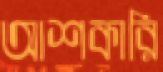
আশকারি